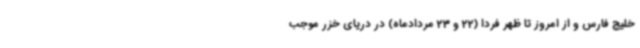
خلیج فارس و از امروز تا ظهر فردا (22 و 23 مردادماه) در دریای خزر موجب